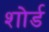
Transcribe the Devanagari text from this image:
शोर्ड